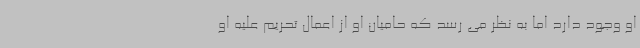
او وجود دارد اما به نظر می رسد که حامیان او از اعمال تحریم علیه او